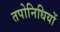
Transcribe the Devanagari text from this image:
तपोनिधियों